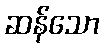
ဆန်သော